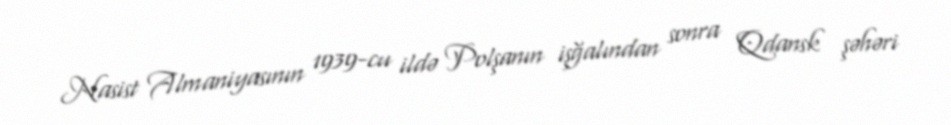
Nasist Almaniyasının 1939-cu ildə Polşanın işğalından sonra Qdansk şəhəri